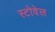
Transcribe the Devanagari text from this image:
स्टोवेल